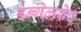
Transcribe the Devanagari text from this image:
इन्गेलबेर्ट